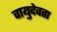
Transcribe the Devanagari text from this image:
वायुदेवता